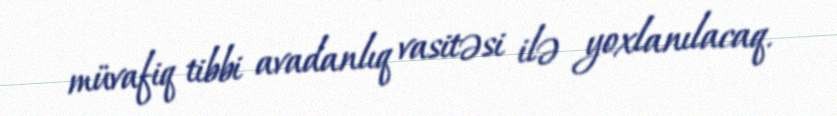
müvafiq tibbi avadanlıq vasitəsi ilə yoxlanılacaq.